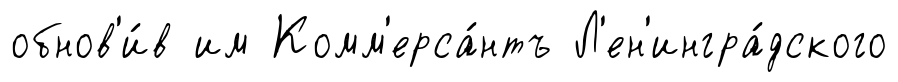
обнов'и́в им Комм'ерса́нтъ Л'ен'ингра́дского